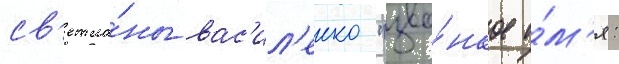
св'етла́ны вас'ил'енко "зво́нкое и́м'я: